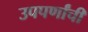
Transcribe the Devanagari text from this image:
उपपर्णांची